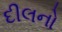
દીલનો